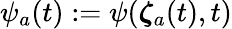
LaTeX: {\psi_{a}(t):=\psi({\boldsymbol{\zeta}}_{a}(t),t)}